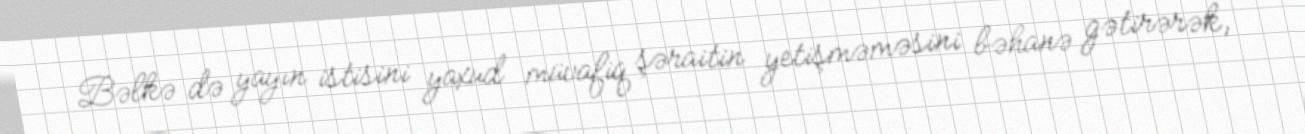
Bəlkə də yayın istisini yaxud müvafiq şəraitin yetişməməsini bəhanə gətirərək,